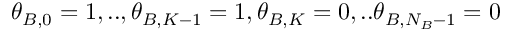
\theta _ { B , 0 } = 1 , . . , \theta _ { B , K - 1 } = 1 , \theta _ { B , K } = 0 , . . \theta _ { B , N _ { B } - 1 } = 0